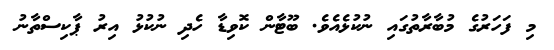
މި ފަހަރުގެ މުބާރާތުގައި ނުކުޅެއެވެ. ބޫޓާން ކޮވިޑާ ހެދި ނުކުޅު އިރު ޕާކިސްތާނު